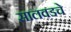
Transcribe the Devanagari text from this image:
सालवडचे